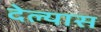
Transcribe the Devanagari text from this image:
देल्यास